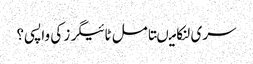
سری لنکا میںتامل ٹائیگرز کی واپسی؟